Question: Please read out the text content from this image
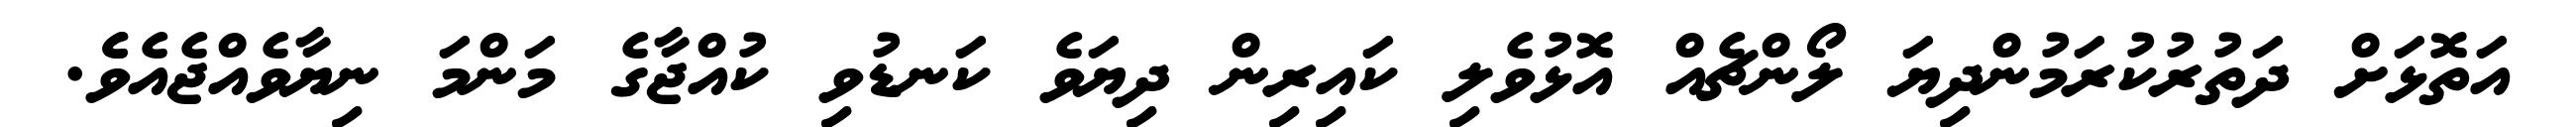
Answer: އަތޮޅަށް ދަތުރުކުރަމުންދިޔަ ލޯންޗެއް އޮޅުވެލި ކައިރިން ދިޔަވެ ކަނޑުވި ކުއްޖާގެ މަންމަ ނިޔާވެއްޖެއެވެެ.